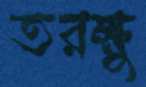
তরক্ষু